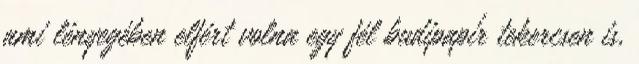
ami lényegében elfért volna egy fél budipapír tekercsen is,